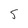
Character: 5